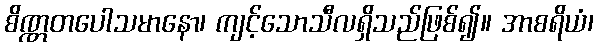
စိဏ္ဏတပေါသမာနော၊ ကျင့်သောသီလရှိသည်ဖြစ်၍။ အာစရိယံ၊